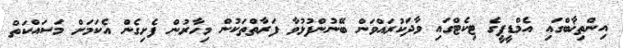
އިންތިޚާބްގައި އެމްޑީޕީގެ ޓިކެޓްގައި ވާދަކުރައްވަން ބޭނުންފުޅުވާ ފަރާތްތަކުން މިހާރުން ފެށިގެން އެކަމަށް މަސައްކަތް